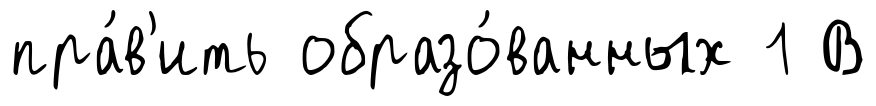
пра́в'ить образо́ванных 1 В